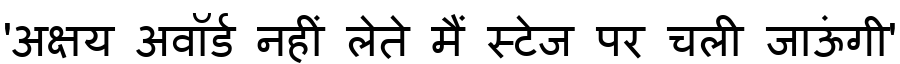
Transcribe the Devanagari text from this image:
'अक्षय अवॉर्ड नहीं लेते मैं स्टेज पर चली जाऊंगी'